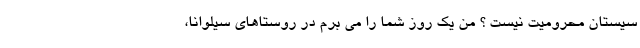
سیستان محرومیت نیست ؟ من یک روز شما را می برم در روستاهای سیلوانا،